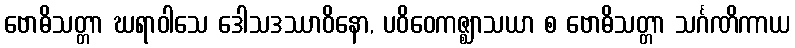
ဗောဓိသတ္တာ ဃရာဝါသေ ဒေါသဒဿာဝိနော, ပဝိဝေကဇ္ဈာသယာ စ ဗောဓိသတ္တာ သင်္ဂဏိကာယ